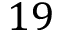
1 9